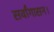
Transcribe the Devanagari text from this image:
सर्वांगासन।